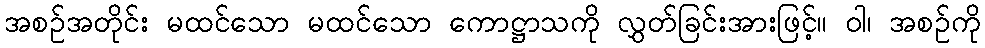
အစဉ်အတိုင်း မထင်သော မထင်သော ကောဋ္ဌာသကို လွှတ်ခြင်းအားဖြင့်။ ဝါ၊ အစဉ်ကို